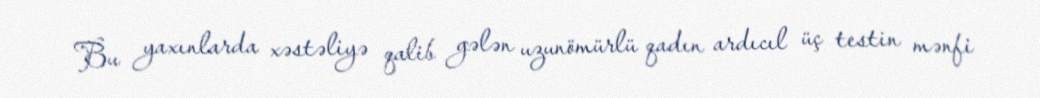
Bu yaxınlarda xəstəliyə qalib gələn uzunömürlü qadın ardıcıl üç testin mənfi